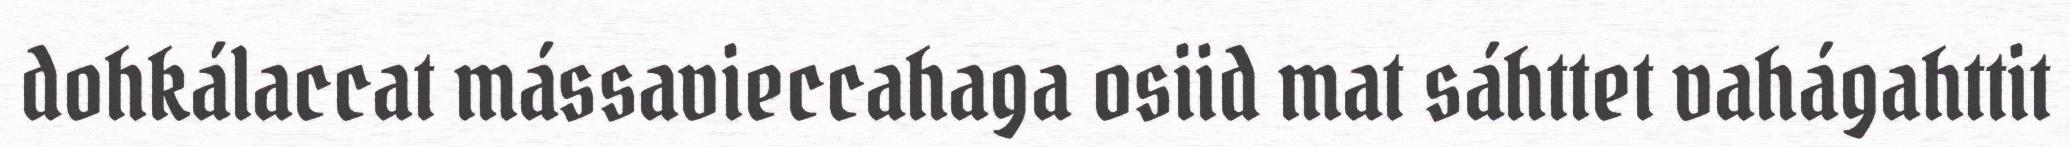
dohkálaccat mássavieccahaga osiid mat sáhttet vahágahttit